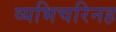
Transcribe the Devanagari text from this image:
व्यभिचरिनह